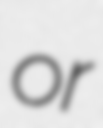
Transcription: or